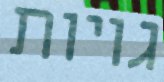
גויות